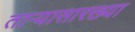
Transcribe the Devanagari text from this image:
ताऱ्यासारख्या